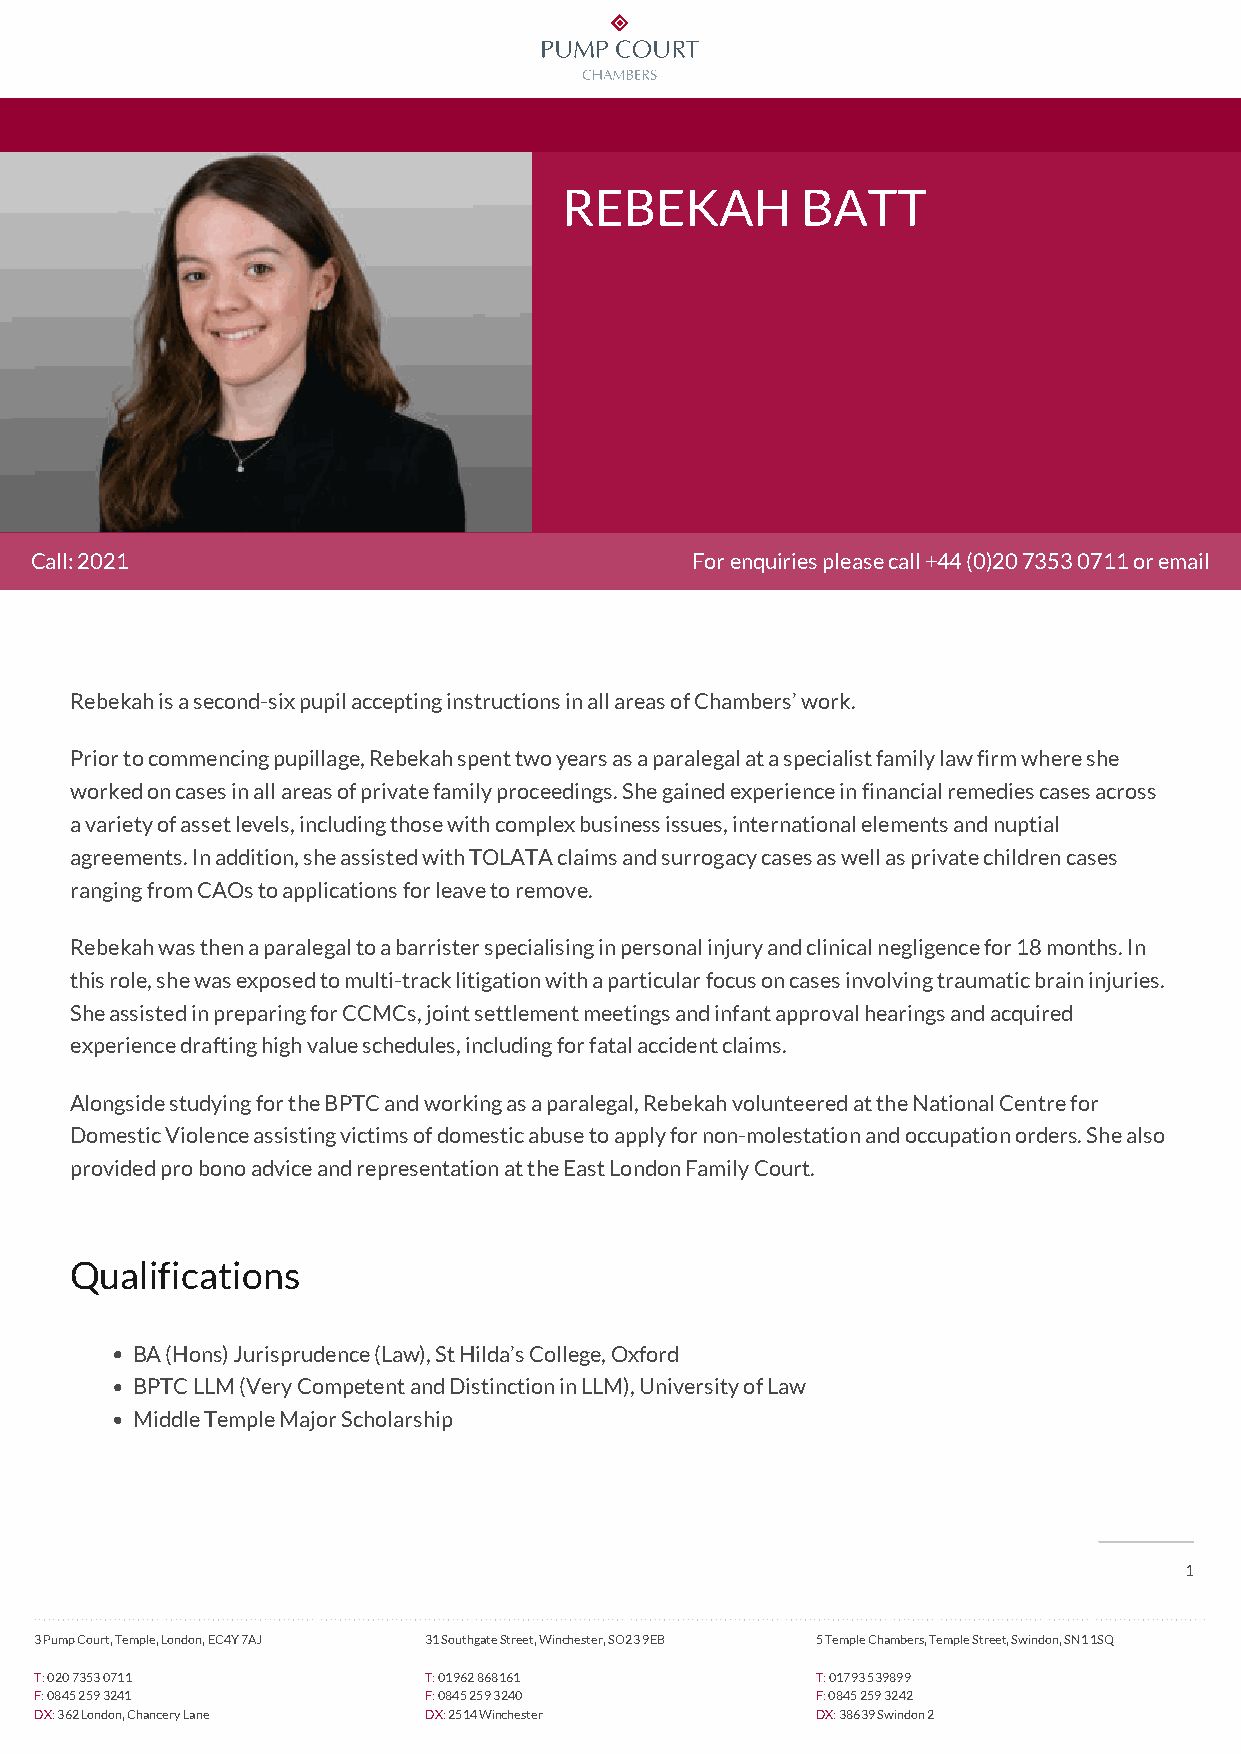
REBEKAH         BATT
 REBEKAH BATT
 Call: 2021                                  For enquiries please call +44 (0)20 7353 0711 or email
 Rebekah is a second-six pupil accepting instructions in all areas of Chambers’ work.
 Prior to commencing pupillage, Rebekah spent two years as a paralegal at a specialist family law firm where she
 worked on cases in all areas of private family proceedings. She gained experience in financial remedies cases across
 a variety of asset levels, including those with complex business issues, international elements and nuptial
 agreements. In addition, she assisted with TOLATA claims and surrogacy cases as well as private children cases
 ranging from CAOs to applications for leave to remove.
 Rebekah was then a paralegal to a barrister specialising in personal injury and clinical negligence for 18 months. In
 this role, she was exposed to multi-track litigation with a particular focus on cases involving traumatic brain injuries.
 She assisted in preparing for CCMCs, joint settlement meetings and infant approval hearings and acquired
 experience drafting high value schedules, including for fatal accident claims.
 Alongside studying for the BPTC and working as a paralegal, Rebekah volunteered at the National Centre for
 Domestic Violence assisting victims of domestic abuse to apply for non-molestation and occupation orders. She also
 provided pro bono advice and representation at the East London Family Court.
 Qualifications
 BA (Hons) Jurisprudence (Law), St Hilda’s College, Oxford
 BPTC LLM (Very Competent and Distinction in LLM), University of Law
 Middle Temple Major Scholarship
 1
 3 Pump Court, Temple, London, EC4Y 7AJ 31 Southgate Street, Winchester, SO23 9EB 5 Temple Chambers, Temple Street, Swindon, SN1 1SQ
 T: 020 7353 0711          T: 01962 868161           T: 01793 539899
 F: 0845 259 3241          F: 0845 259 3240          F: 0845 259 3242
 DX: 362 London, Chancery Lane DX: 2514 Winchester   DX: 38639 Swindon 2